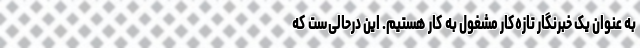
به عنوان یک خبرنگار تازه‌کار مشغول به کار هستیم. این درحالی‌ست که